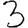
Digit: 3